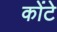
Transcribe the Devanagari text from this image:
कोंटे